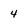
Character: 4